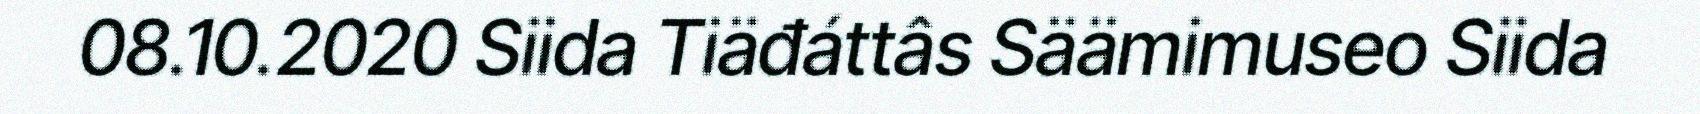
08.10.2020 Siida Tiäđáttâs Säämimuseo Siida